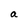
Character: a